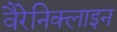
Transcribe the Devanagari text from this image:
वैरेनिक्लाइन